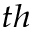
^ { t h }